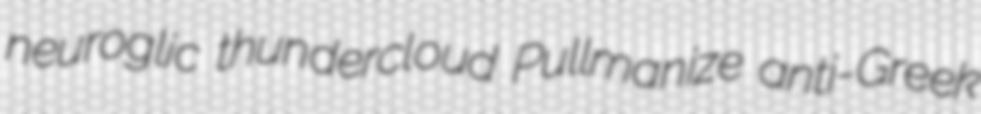
neuroglic thundercloud Pullmanize anti-Greek